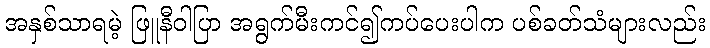
အနှစ်သာရမဲ့ ဖြူနီဝါပြာ အရွက်မီးကင်၍ကပ်ပေးပါက ပစ်ခတ်သံများလည်း